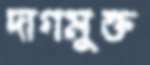
দাগমুক্ত